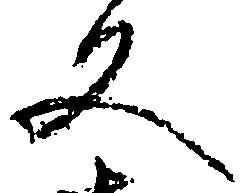
文